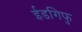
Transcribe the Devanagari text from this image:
ईडगिफु